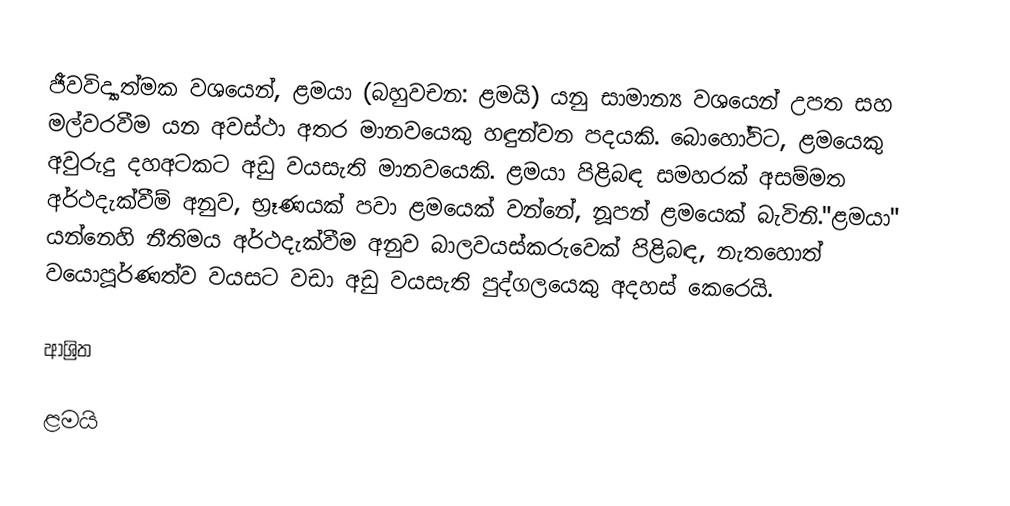
ජීවවිද්‍යාත්මක වශයෙන්, ළමයා (බහුවචන: ළමයි) යනු සාමාන්‍ය වශයෙන් උපත සහ මල්වරවීම යන අවස්ථා අතර මානවයෙකු හඳුන්වන පදයකි. බොහෝවිට, ළමයෙකු අවුරුදු දහඅටකට අඩු වයසැති මානවයෙකි. ළමයා පිළිබඳ සමහරක් අසම්මත අර්ථදැක්වීම්  අනුව,  භ්‍රෑණයක් පවා ළමයෙක් වන්නේ, නූපන් ළමයෙක් බැවිනි."ළමයා" යන්නෙහි නීතිමය අර්ථදැක්වීම අනුව බාලවයස්කරුවෙක් පිළිබඳ, නැතහොත්  වයොපූර්ණත්ව වයසට වඩා අඩු වයසැති පුද්ගලයෙකු අදහස් කෙරෙයි.

ආශ්‍රිත

ළමයි